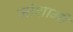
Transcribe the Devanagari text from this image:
जोशामी